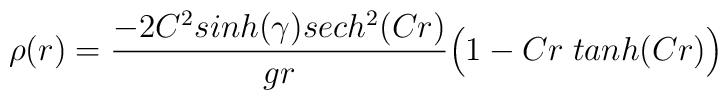
\rho (r) ={ - 2 C^2 sinh (\gamma) sech ^2 (C r) \over g r} \Big( 1 - C r \; tanh(C r) \Big)